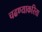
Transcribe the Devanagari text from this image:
चढण्याकरिता